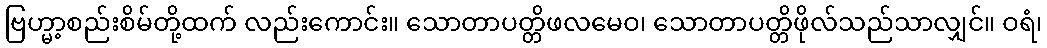
ဗြဟ္မာ့စည်းစိမ်တို့ထက် လည်းကောင်း။ သောတာပတ္တိဖလမေဝ၊ သောတာပတ္တိဖိုလ်သည်သာလျှင်။ ဝရံ၊